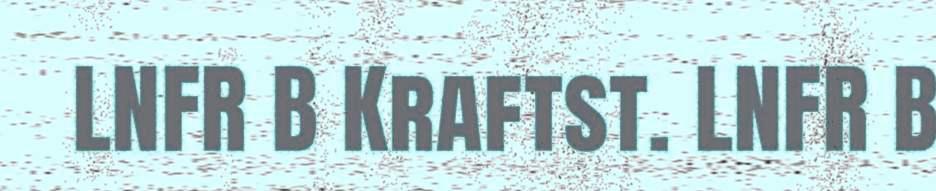
LNFR B Kraftst. LNFR B